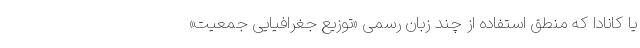
یا کانادا که منطق استفاده از چند زبان رسمی «توزیع جغرافیایی جمعیت»